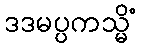
ဒဒမပ္ပကသ္မိံ